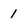
Character: 1